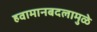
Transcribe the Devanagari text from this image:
हवामानबदलामुळे